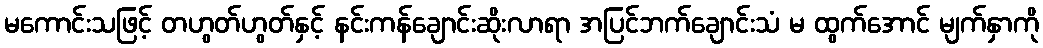
မကောင်းသဖြင့် တဟွတ်ဟွတ်နှင့် နင်းကန်ချောင်းဆိုးလာရာ အပြင်ဘက်ချောင်းသံ မ ထွက်အောင် မျက်နှာကို